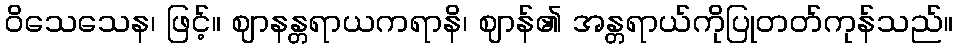
ဝိသေသေန၊ ဖြင့်။ ဈာနန္တရာယကရာနိ၊ ဈာန်၏ အန္တရာယ်ကိုပြုတတ်ကုန်သည်။